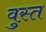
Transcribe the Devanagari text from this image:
वुस्त